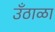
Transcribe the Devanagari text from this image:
उँठाळा